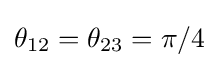
\theta _{12}=\theta _{23}=\pi /4